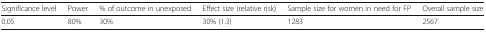
| Significance level | Power | % of outcome in unexposed | Effect size (relative risk) | Sample size for women in need for FP | Overall sample size |
 | --- | --- | --- | --- | --- | --- |
 | 0.05 | 80% | 30% | 30% (1.3) | 1283 | 2567 |